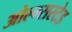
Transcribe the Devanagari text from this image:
ओल्म्सस्टेड